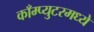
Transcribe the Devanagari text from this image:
काँम्प्युटरमध्ये